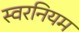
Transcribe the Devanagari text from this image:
स्वरनियम